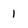
Character: 1